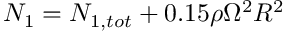
N _ { 1 } = N _ { 1 , t o t } + 0 . 1 5 \rho \Omega ^ { 2 } R ^ { 2 }